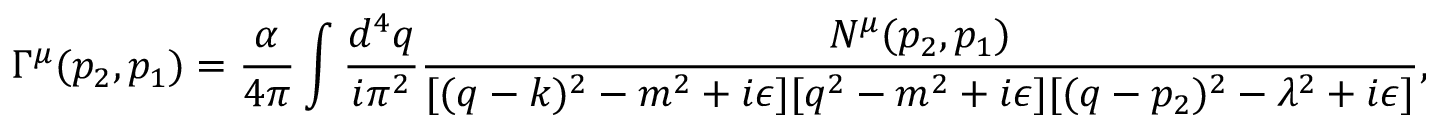
\Gamma ^ { \mu } ( p _ { 2 } , p _ { 1 } ) = \frac { { \alpha } } { 4 \pi } \int { \frac { d ^ { 4 } q } { { i } { \pi } ^ { 2 } } } \frac { N ^ { \mu } ( p _ { 2 } , p _ { 1 } ) } { [ ( q - k ) ^ { 2 } - m ^ { 2 } + i { \epsilon } ] [ q ^ { 2 } - m ^ { 2 } + i { \epsilon } ] [ ( q - p _ { 2 } ) ^ { 2 } - { \lambda } ^ { 2 } + i { \epsilon } ] } ,